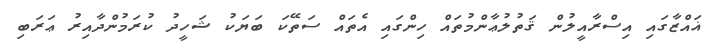
ޣައްޒާގައި އިސްރާއީލުން ޤަތުލުޢާންމުތައް ހިންގައި އެތައް ސަތޭކަ ބަޔަކު ޝަހީދު ކުރަމުންދާއިރު ޢަރަބި